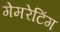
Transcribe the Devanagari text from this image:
गेमरेटिंग